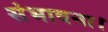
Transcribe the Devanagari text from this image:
संभावना।